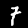
Label: 7